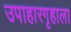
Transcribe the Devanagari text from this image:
उपाहारगृहाला